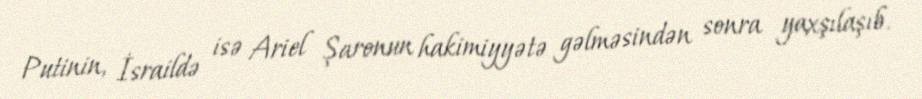
Putinin, İsraildə isə Ariel Şaronun hakimiyyətə gəlməsindən sonra yaxşılaşıb.